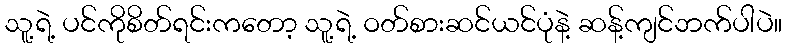
သူ့ရဲ့ ပင်ကိုစိတ်ရင်းကတော့ သူ့ရဲ့ ဝတ်စားဆင်ယင်ပုံနဲ့ ဆန့်ကျင်ဘက်ပါပဲ။